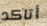
أتاكد